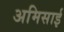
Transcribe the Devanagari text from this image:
अमिसाई